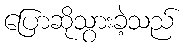
ပြောဆိုသွားခဲ့သည်